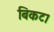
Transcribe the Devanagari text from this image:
बिकट।